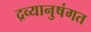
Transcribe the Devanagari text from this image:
द्रव्यानुषंगत